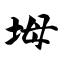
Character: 坶